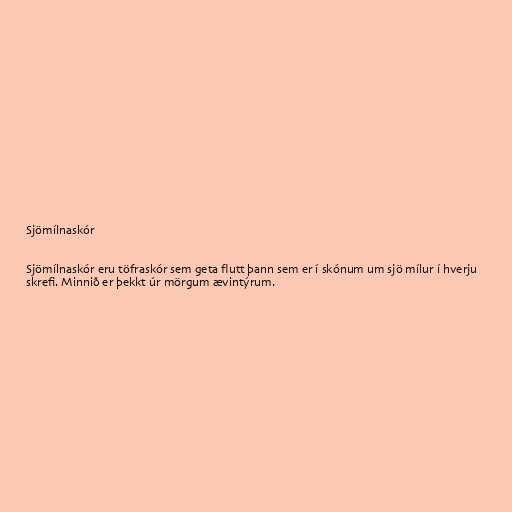
Sjömílnaskór

Sjömílnaskór eru töfraskór sem geta flutt þann sem er í skónum um sjö mílur í hverju
skrefi. Minnið er þekkt úr mörgum ævintýrum.